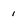
Character: 1